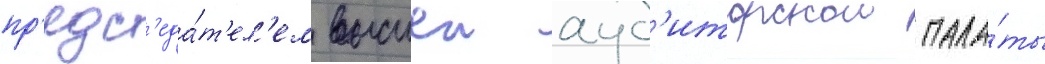
пр'едс'еда́т'ел'ем высшеи ауд'иторскои пала́ты